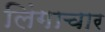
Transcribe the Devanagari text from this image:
लिंगाचार